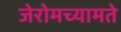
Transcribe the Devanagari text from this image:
जेरोमच्यामते